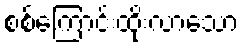
စစ်ကြောင်းထိုးလာသော